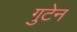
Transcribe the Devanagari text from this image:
गुटेन